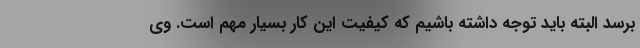
برسد البته باید توجه داشته باشیم که کیفیت این کار بسیار مهم است. وی